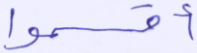
أقسموا